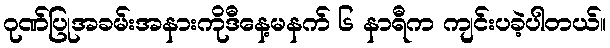
ဂုဏ်ပြုအခမ်းအနားကိုဒီနေ့မနက် ၆ နာရီက ကျင်းပခဲ့ပါတယ်။